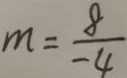
m = \frac { 8 } { - 4 }